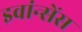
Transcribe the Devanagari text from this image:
इवांन्सेंस